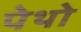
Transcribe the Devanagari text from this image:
पेथो